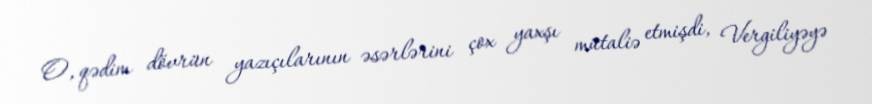
O, qədim dövrün yazıçılarının əsərlərini çox yaxşı mütaliə etmişdi, Vergiliyəyə